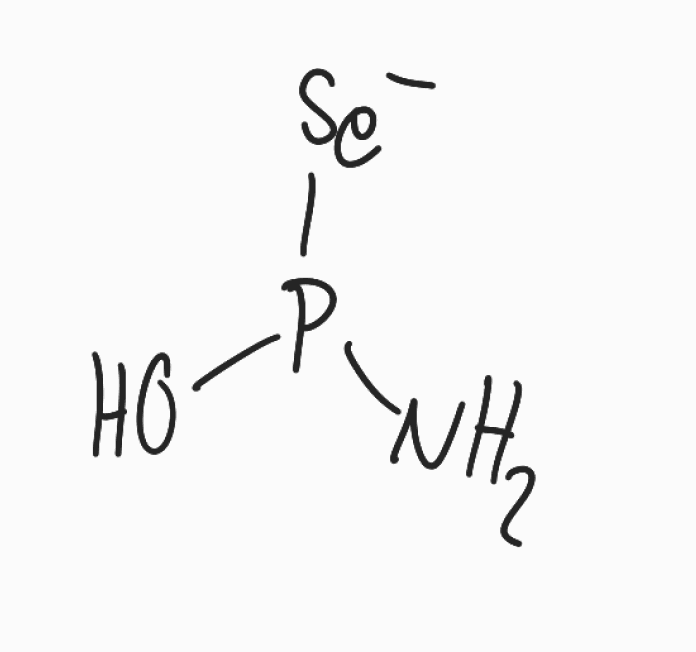
Simplified molecular-input line-entry system (SMILES) notation of the given molecule:
NP(O)[Se-]